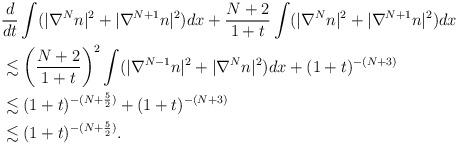
LaTeX: \begin{align*}\begin{aligned}&\frac{d}{dt}\int(|\nabla^N n|^2+|\nabla^{N+1} n|^2)dx+\frac{N+2}{1+t}\int(|\nabla^{N} n|^2+|\nabla^{N+1} n|^2)dx\\&\lesssim \left(\frac{N+2}{1+t}\right)^2 \int(|\nabla^{N-1} n|^2+|\nabla^{N} n|^2)dx+(1+t)^{-(N+3)}\\&\lesssim (1+t)^{-(N+\frac{5}{2})}+(1+t)^{-(N+3)}\\&\lesssim (1+t)^{-(N+\frac{5}{2})}.\end{aligned}\end{align*}